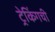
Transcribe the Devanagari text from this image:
ट्रेकिंगची